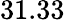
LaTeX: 31.33